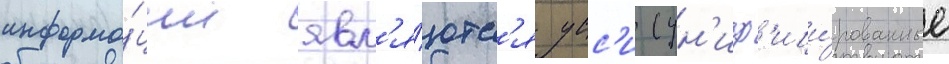
информа́ции явл'я́ютс'я усс'и (ун'иф'ици́рованные